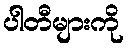
ပါတီများကို